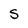
Character: S